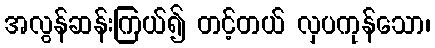
အလွန်ဆန်းကြယ်၍ တင့်တယ် လှပကုန်သော၊